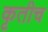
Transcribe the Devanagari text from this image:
कृतीच